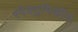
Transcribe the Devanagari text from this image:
स्पेक्ट्रमिकीय